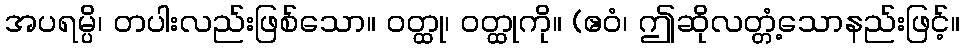
အပရမ္ပိ၊ တပါးလည်းဖြစ်သော။ ဝတ္ထု၊ ဝတ္ထုကို။ (ဧဝံ၊ ဤဆိုလတ္တံ့သောနည်းဖြင့်။